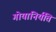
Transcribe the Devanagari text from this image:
गोयानिर्यति